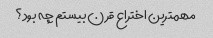
مهمترین اختراع قرن بیستم چه بود؟